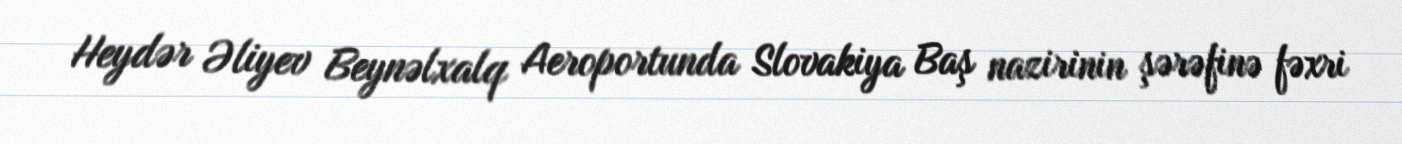
Heydər Əliyev Beynəlxalq Aeroportunda Slovakiya Baş nazirinin şərəfinə fəxri